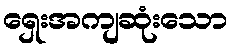
ရှေးအကျဆုံးသော